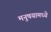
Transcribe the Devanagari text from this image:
मनुषयामध्ये